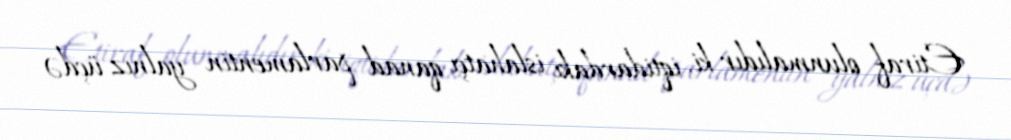
Etiraf olunmalıdır ki, iqtidardakı islahatçı qanad parlamentin yalnız üçdə